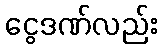
ငွေဒဏ်လည်း